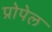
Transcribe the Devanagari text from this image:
प्रोपेल